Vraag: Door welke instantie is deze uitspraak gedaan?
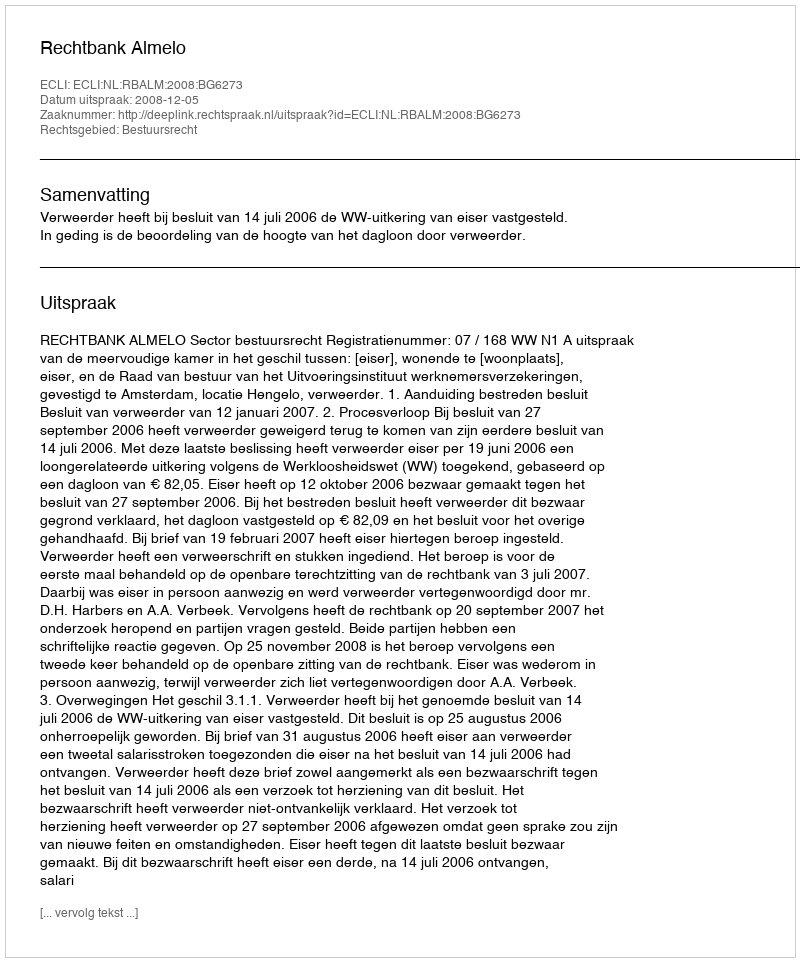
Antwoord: Rechtbank Almelo